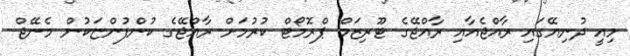
މިއީ ދުނިޔޭގައި ރާއްޖެއާއި ރާއްޖޭގެ ޓޫރިޒަމް ޕްރޮމޯޓް ކުރުމަށް ރާއްޖޭގެ ކުންފުންޏަކުން މެނޭޖް